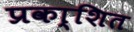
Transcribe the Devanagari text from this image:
प्रका्शित